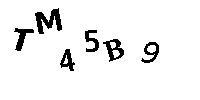
TM45B9